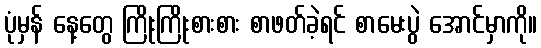
ပုံမှန် နေ့တွေ ကြိုးကြိုးစားစား စာဖတ်ခဲ့ရင် စာမေးပွဲ အောင်မှာကို။